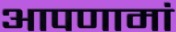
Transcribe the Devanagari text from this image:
आपणामां